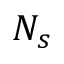
N _ { s }